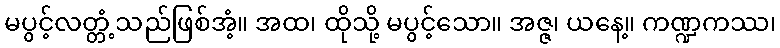
မပွင့်လတ္တံ့သည်ဖြစ်အံ့။ အထ၊ ထိုသို့ မပွင့်သော။ အဇ္ဇ၊ ယနေ့။ ကဏ္ဍကဿ၊